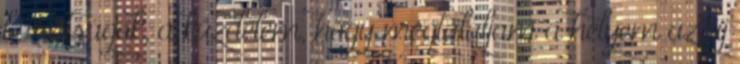
barátságok, a küzdelem, hogy megtaláljam a helyem az új